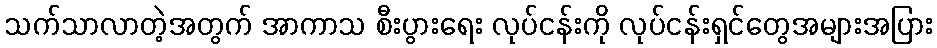
သက်သာလာတဲ့အတွက် အာကာသ စီးပွားရေး လုပ်ငန်းကို လုပ်ငန်းရှင်တွေအများအပြား